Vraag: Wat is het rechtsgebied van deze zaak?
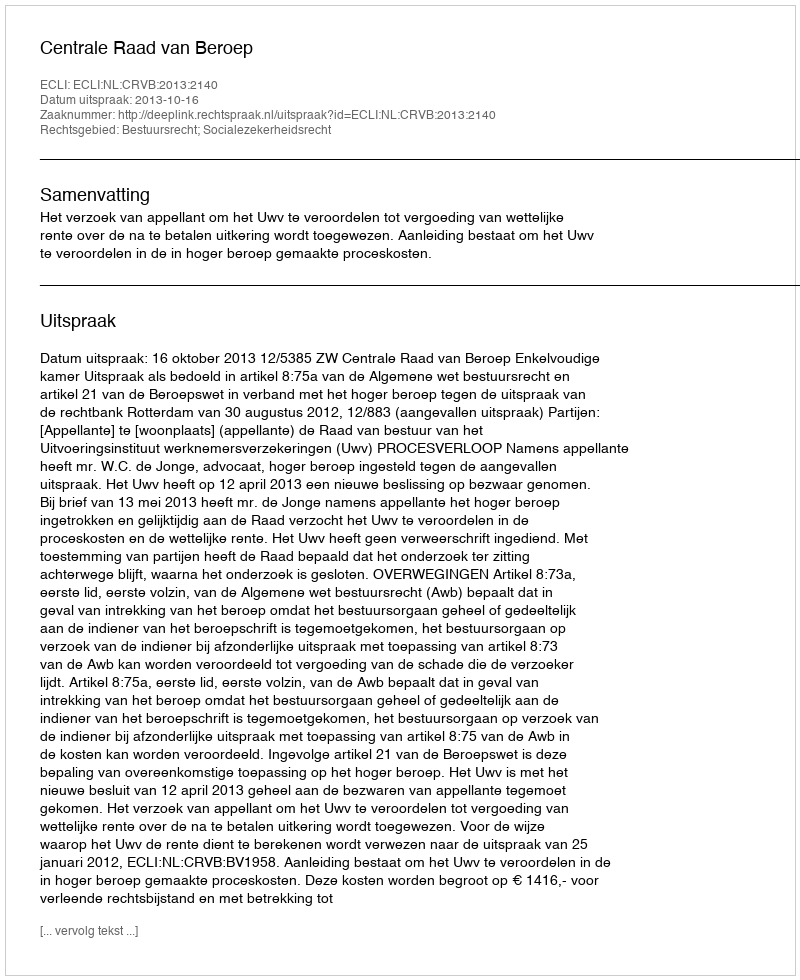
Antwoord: Bestuursrecht; Socialezekerheidsrecht